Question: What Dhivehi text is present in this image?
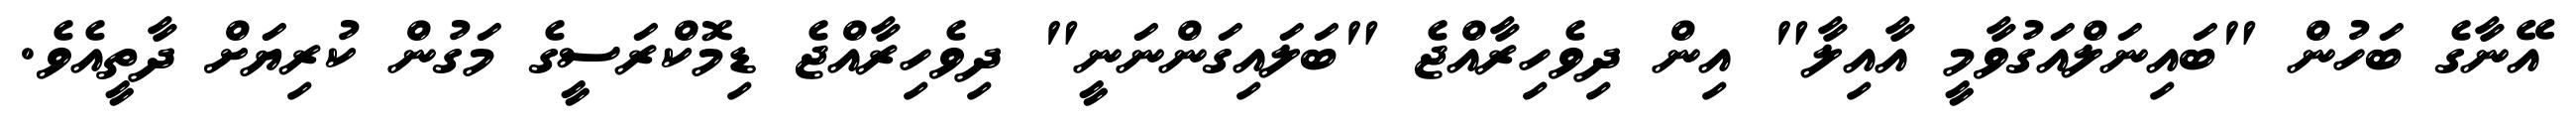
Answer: އޭނާގެ ބަހުން "ބައިނަލްއަގުވާމީ އާއިލާ" އިން ދިވެހިރާއްޖެ "ބަލައިގަންނަނީ" ދިވެހިރާއްޖެ ޑިމޮކްރަސީގެ މަގުން ކުރިޔަށް ދާތީއެވެ.